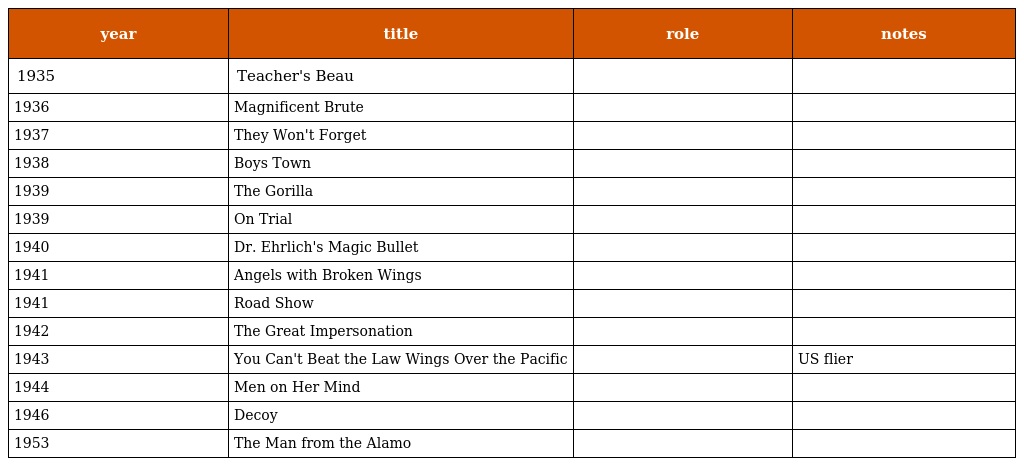
| year | title | role | notes |
 | --- | --- | --- | --- |
 | 1935 | Teacher's Beau |  |  |
 | 1936 | Magnificent Brute |  |  |
 | 1937 | They Won't Forget |  |  |
 | 1938 | Boys Town |  |  |
 | 1939 | The Gorilla |  |  |
 | 1939 | On Trial |  |  |
 | 1940 | Dr. Ehrlich's Magic Bullet |  |  |
 | 1941 | Angels with Broken Wings |  |  |
 | 1941 | Road Show |  |  |
 | 1942 | The Great Impersonation |  |  |
 | 1943 | You Can't Beat the Law Wings Over the Pacific |  | US flier |
 | 1944 | Men on Her Mind |  |  |
 | 1946 | Decoy |  |  |
 | 1953 | The Man from the Alamo |  |  |